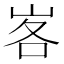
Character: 峉